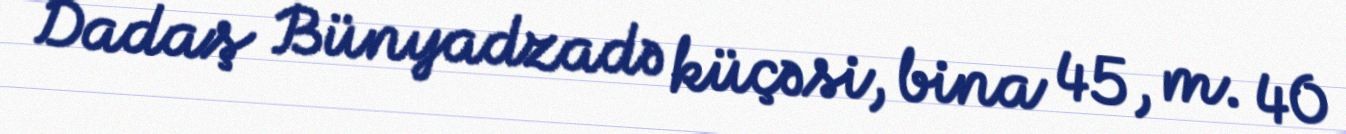
Dadaş Bünyadzadə küçəsi, bina 45, m. 40